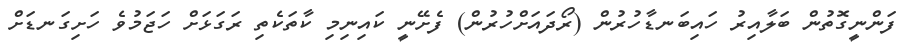
ފަންނީގޮތުން ބަލާއިރު ހައިބަނޑާހުރުން (ރޯދައަށްހުރުން) ފެށޭނީ ކައިނިމި ކާތަކެތި ރަގަޅަށް ހަޖަމުވެ ހަށިގަނޑަށް